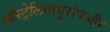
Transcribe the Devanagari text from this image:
ऑस्ट्रेलियायूरोपऔर